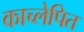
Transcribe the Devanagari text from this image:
काच्लेपित